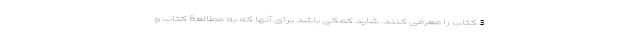
3 کتاب را معرفی کنند. شاید کمکی باشد برای آنها که به مطالعۀ کتاب و